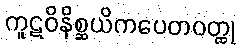
ကူဋဝိနိစ္ဆယိကပေတဝတ္ထု